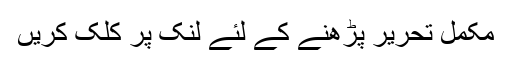
مکمل تحریر پڑھنے کے لئے لنک پر کلک کریں